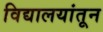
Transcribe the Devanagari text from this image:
विद्यालयांतून